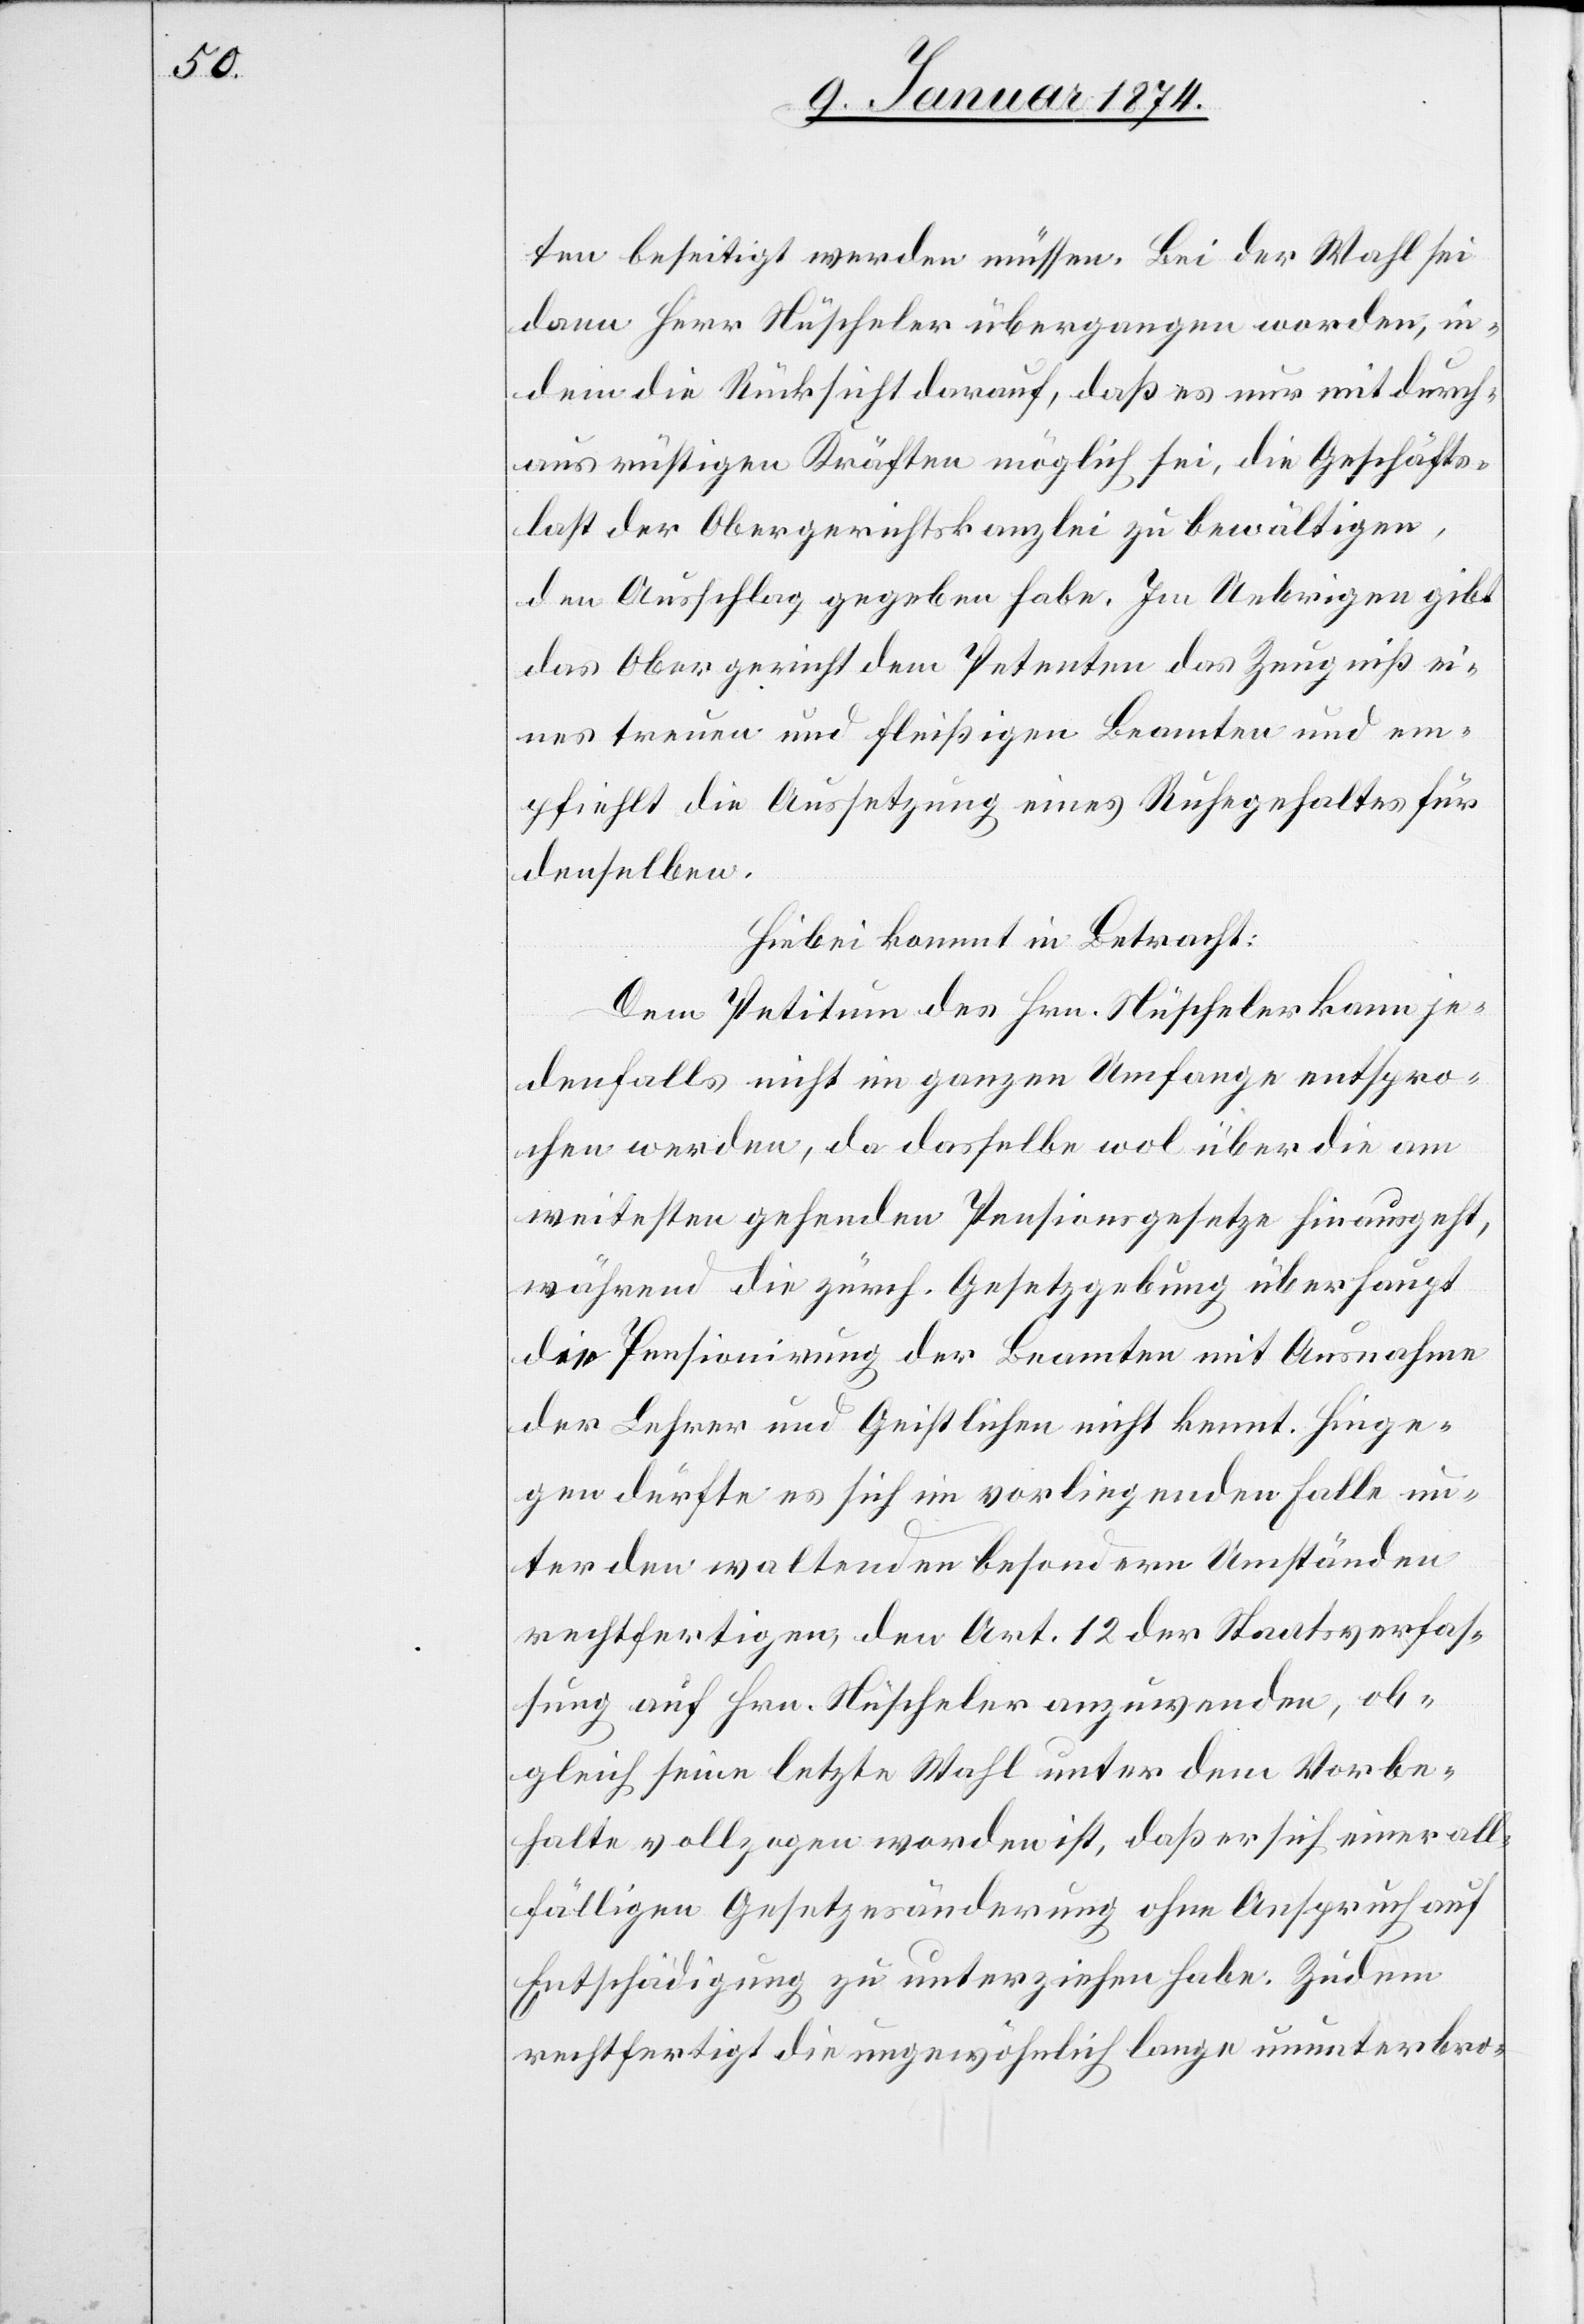
ten beseitigt werden müssen. Bei der Wahl sei
dann Herr Nüscheler übergangen worden, in¬
dem die Rücksicht darauf, daß es nur mit durch¬
aus rüstigen Kräften möglich sei, die Geschäfts¬
last der Obergerichtskanzlei zu bewältige,
den Ausschlag gegeben habe. Im Uebrigen gibt
das Obergericht dem Petenten das Zeugniß ei¬
nes treuen und fleißigen Beamten und em¬
pfiehlt die Aussetzung eines Ruhegehaltes für
denselben.
Hiebei kommt in Betracht:
Dem Petitum des Hrn. Nüscheler kann je¬
denfalls nicht im ganzen Umfange entspro¬
chen werden, da dasselbe wol über die am
weitesten gehenden Pensionsgesetze hinausgeht,
während die zürch. Gesetzgebung überhaupt
die Pensionirung der Beamten mit Ausnahme
der Lehrer und Geistlichen nicht kennt. Hinge¬
gen dürfte es sich im vorliegenden Falle un¬
ter den waltenden besondern Umständen
rechtfertigen, den Art. 12 der Staatsverfas¬
sung auf Hrn. Nüscheler anzuwenden, ob¬
gleich seine letzte Wahl unter dem Vorbe¬
halte vollzogen worden ist, daß er sich einer all¬
fälligen Gesetzesänderung ohne Anspruch auf
Entschädigung zu unterzeichnen habe. Zudem
rechtfertigt die ungewöhnlich lange ununterbro-